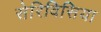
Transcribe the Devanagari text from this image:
सेरिविसिया